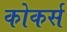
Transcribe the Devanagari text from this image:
कोकर्स